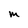
Character: m